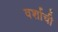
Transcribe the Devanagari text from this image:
वर्शाची